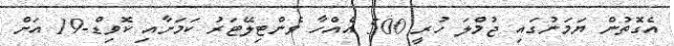
އެގޮތުން ޔަމަނުގައި ޖުމްލަ ހުރީ 500 އެއްހާ ވެންޓިލޭޓަރު ކަމަށާއި ކޮވިޑް-19 އަށް